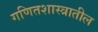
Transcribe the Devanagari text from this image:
गणितशास्त्रातील